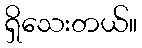
ရှိသေးတယ်။